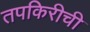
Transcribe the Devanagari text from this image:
तपकिरीची